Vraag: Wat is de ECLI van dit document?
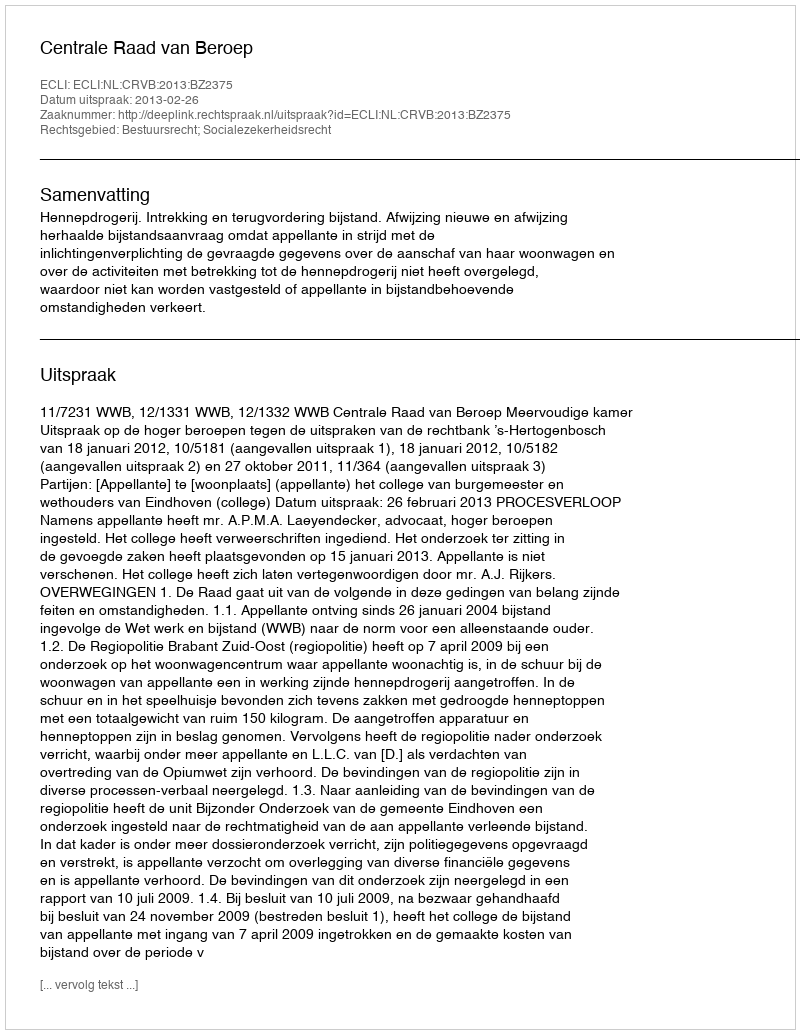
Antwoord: ECLI:NL:CRVB:2013:BZ2375